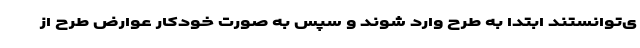
ی‌توانستند ابتدا به طرح وارد شوند و سپس به صورت خودکار عوارض طرح از